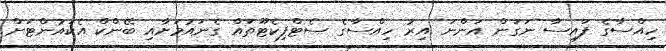
ހިއްސާގެ ފައިސާ ނަގަން އަންނަ އިރު ހިއްސާގެ ސެޓްފިކެޓޫތައް ގެނައުމަށާއި ބޭންކް އެކައުންޓަށް